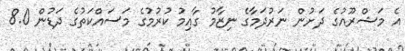
އެ މަޝްރޫއުގެ ދަށުން ނަރުދަމާގެ ނިޒާމު ގާއިމު ކުރުމުގެ މަސައްކަތުގެ ދަޑުން 8.0